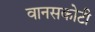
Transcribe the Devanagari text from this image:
वानसकोटी